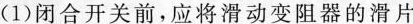
(1)闭合开关前，应将滑动变阻器的滑片